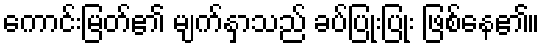
ကောင်းမြတ်၏ မျက်နှာသည် ခပ်ပြုံးပြုံး ဖြစ်နေ၏။